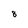
Character: 8